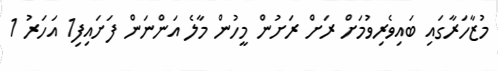
މުޒާހަރާގައި ބައިވެރިވުމަށް ރަށް ރަށުން މީހުން މާލެ އަންނަން ފަށައިފި1 އަހަރު 1